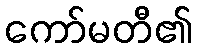
ကော်မတီ၏